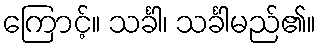
ကြောင့်။ သင်္ခါ၊ သင်္ခါမည်၏။